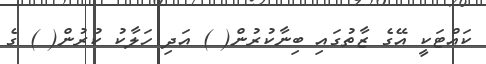
ކައްޓަކީ އޭގެ ޒާތުގައި ބިނާކުރުން( ) އަދި ހަލާކު ކުރުން( ) ގެ